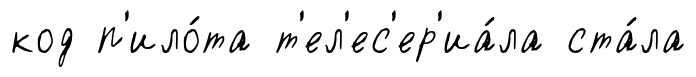
код п'ило́та т'ел'ес'ер'иа́ла ста́ла